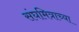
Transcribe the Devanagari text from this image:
संघमित्राच्या